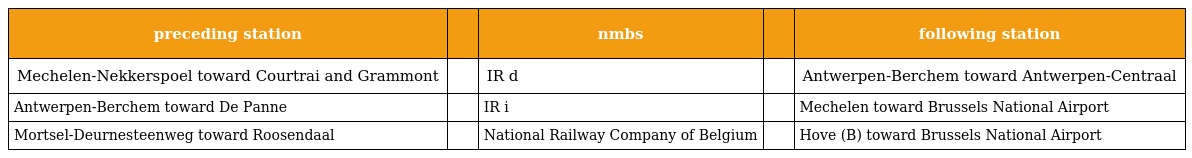
| preceding station |  | nmbs |  | following station |
 | --- | --- | --- | --- | --- |
 | Mechelen-Nekkerspoel toward Courtrai and Grammont |  | IR d |  | Antwerpen-Berchem toward Antwerpen-Centraal |
 | Antwerpen-Berchem toward De Panne |  | IR i |  | Mechelen toward Brussels National Airport |
 | Mortsel-Deurnesteenweg toward Roosendaal |  | National Railway Company of Belgium |  | Hove (B) toward Brussels National Airport |